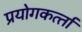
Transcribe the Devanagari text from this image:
प्रयोगकर्त्‍ता